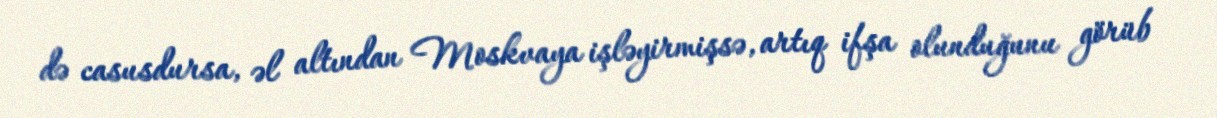
də casusdursa, əl altından Moskvaya işləyirmişsə, artıq ifşa olunduğunu görüb